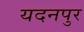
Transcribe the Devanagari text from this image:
यदनपुर